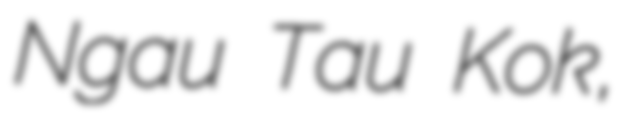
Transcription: Ngau Tau Kok,